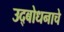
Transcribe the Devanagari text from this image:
उद्‌बोधनाचे